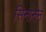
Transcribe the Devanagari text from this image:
सिनानन